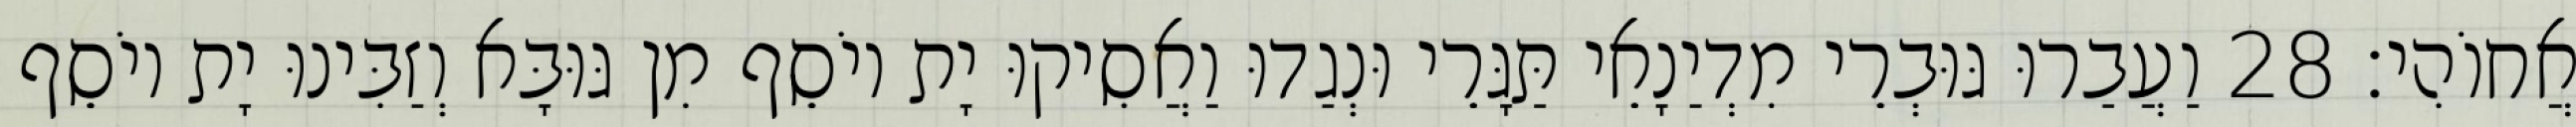
אֲחוֹהִי׃ 28 וַעֲבַרוּ גּוּבְרֵי מִדְיַנָאֵי תַּגָּרֵי וּנְגַדוּ וַאֲסִיקוּ יָת יוֹסֵף מִן גּוּבָּא וְזַבִּינוּ יָת יוֹסֵף